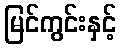
မြင်ကွင်းနှင့်